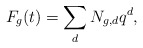
\begin{align*}F_g(t)=\sum_d N_{g,d}q^d,\end{align*}